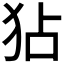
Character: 𤝓